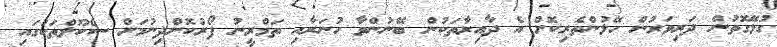
ގުޅޭގޮތުން ދަރިވަރުން ހޭލުންތެރިކޮށް އެ ދާއިރާތަކުން ބޭނުންވާ ހުނަރާއި ތަމްރީނު ފޯރުކޮށްދިނުމަށް ސްކޫލްތަކުގައި